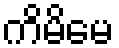
ကိမိမေ